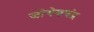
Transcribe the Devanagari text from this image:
जोगेशचंद्र